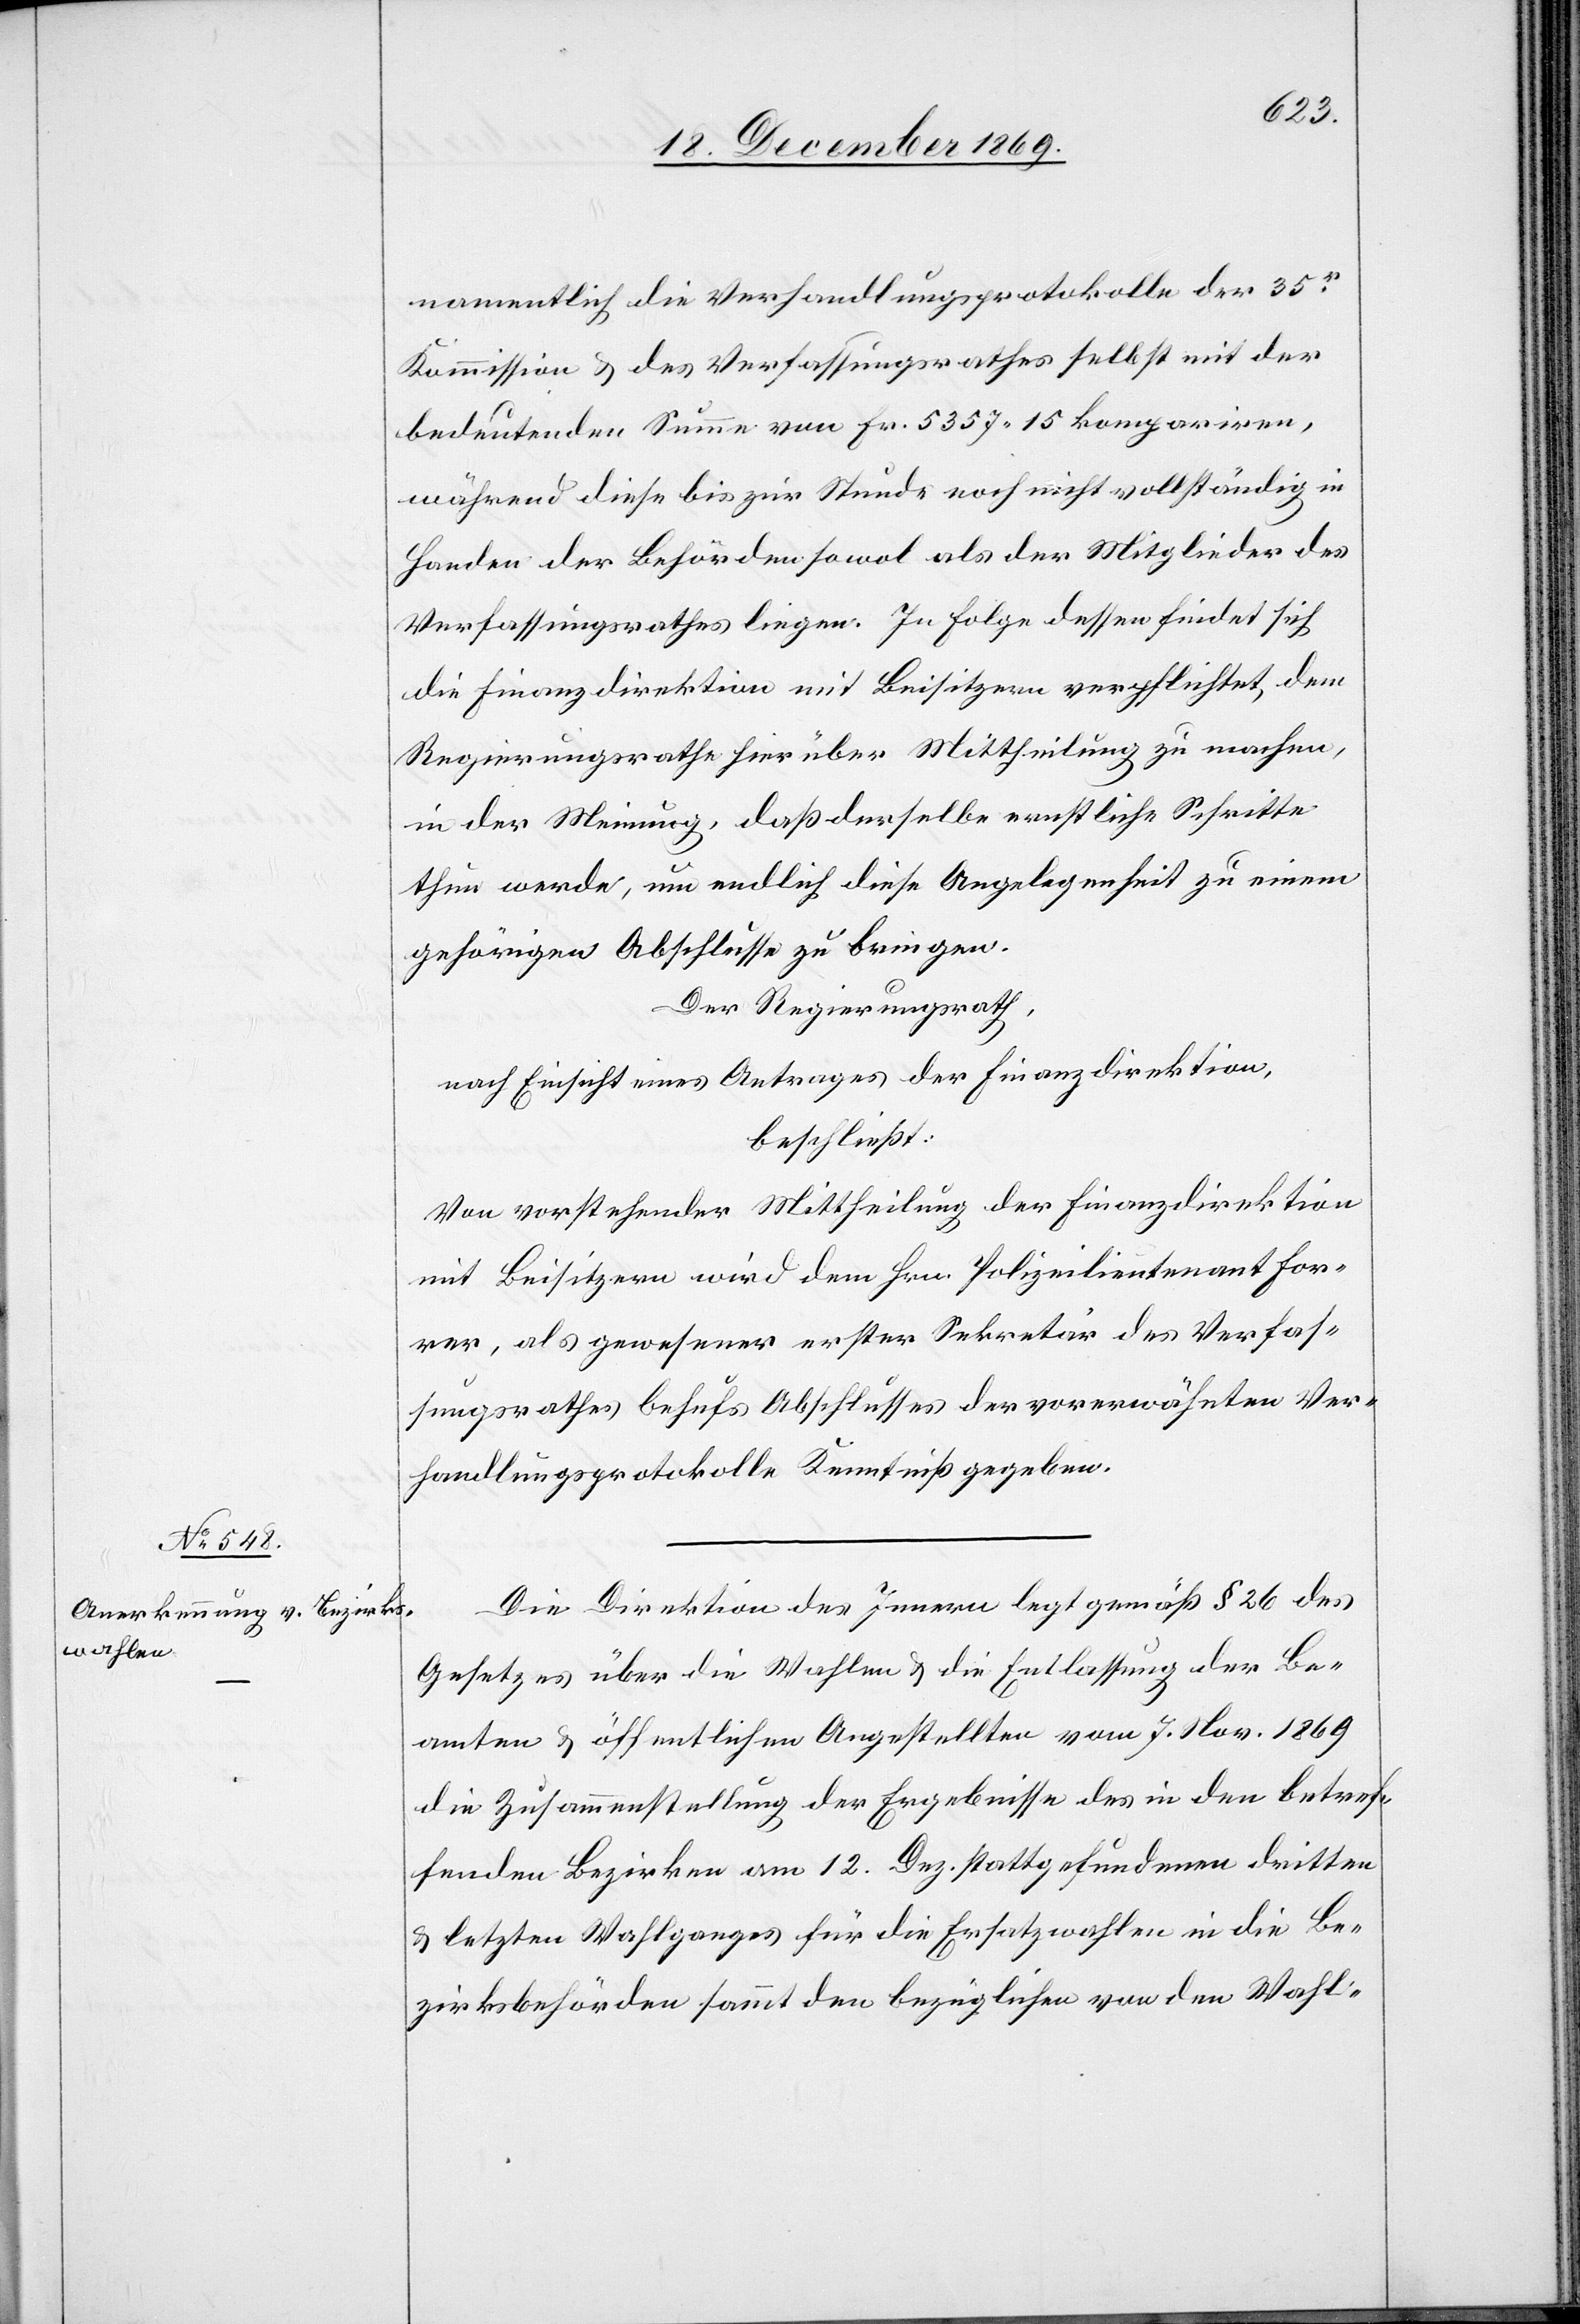
namentlich die Verhandlungsprotokolle der 35r
Kommission & des Verfassungsrathes selbst mit der
bedeutenden Summe von Fr. 5357.15 kompariren,
während diese bis zur Stunde noch nicht vollständig in
Handen der Behörden sowol als der Mitglieder des
Verfassungsrathes liegen. In Folge dessen findet sich
die Finanzdirektion mit Beisitzern verpflichtet, dem
Regierungsrathe hierüber Mittheilung zu machen,
in der Meinung, daß derselbe ernstliche Schritte
thun werde, um endlich diese Angelegenheit zu einem
gehörigen Abschlusse zu bringen.
Der Regierungsrath,
nach Einsicht eines Antrages der Finanzdirektion,
beschließt:
Von vorstehender Mittheilung der Finanzdirektion
mit Beisitzern wird dem Hrn. Polizeilieutenant For¬
rer, als gewesener erster Sekretär des Verfas¬
sungsrathes behufs Abschlusses der vorerwähnten Ver¬
handlungsprotokolle Kenntniß gegeben.
Die Direktion des Innern legt gemäß § 26 des
Gesetzes über die Wahlen & die Entlassung der Be¬
amten & öffentlichen Angestellten vom 7. Nov. 1869
die Zusammenstellung der Ergebnisse des in den betref¬
fenden Bezirken am 12. Dez. stattgefundenen dritten
& letzten Wahlganges für die Ersatzwahlen in die Be¬
zirksbehörden sammt den bezüglichen von den Wahl-